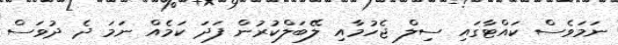
ނަމަވެސް ކައްޓާގައި ސިލް ޖެހުމާއި ލޭބަލްކުރުން ފަދަ ކަމެއް ނަމަ ދެ ދުވަސް